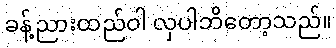
ခန့်ညားထည်ဝါ လှပါဘိတော့သည်။